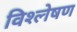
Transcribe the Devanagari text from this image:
विश्ल्‍ोषण